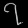
Digit: ၇